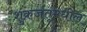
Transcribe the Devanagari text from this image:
शुक्रजंतूमधील